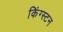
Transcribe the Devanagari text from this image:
किंग्‍स्‍टन